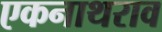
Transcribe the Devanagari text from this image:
एकनाथराव